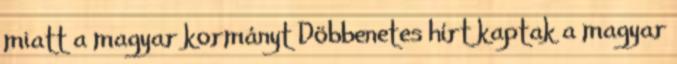
miatt a magyar kormányt Döbbenetes hírt kaptak a magyar